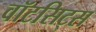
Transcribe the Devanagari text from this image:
वॉटसिट्स